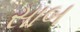
સાબ